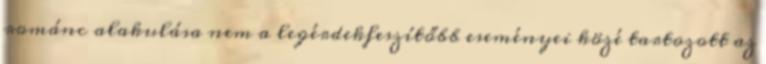
románc alakulása nem a legérdekfeszítőbb eseményei közé tartozott az